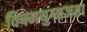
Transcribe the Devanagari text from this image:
विषमयुग्मजता